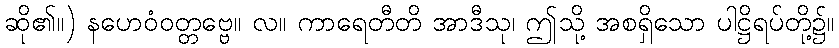
ဆို၏။) နဟေဝံဝတ္တဗ္ဗေ။ လ။ ကာရေတီတိ အာဒီသု၊ ဤသို့ အစရှိသော ပါဋ္ဌိရပ်တို့၌။